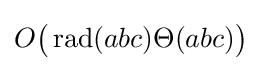
O{\big (}\operatorname {rad} (abc)\Theta (abc){\big )}